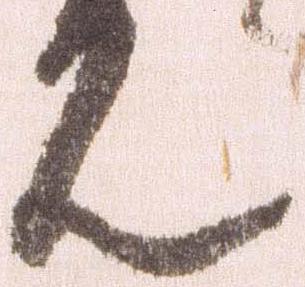
ん